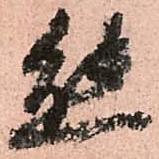
態